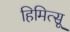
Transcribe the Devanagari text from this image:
हिमित्सू